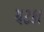
ચટકા